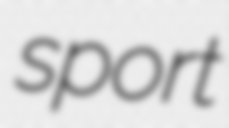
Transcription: sport